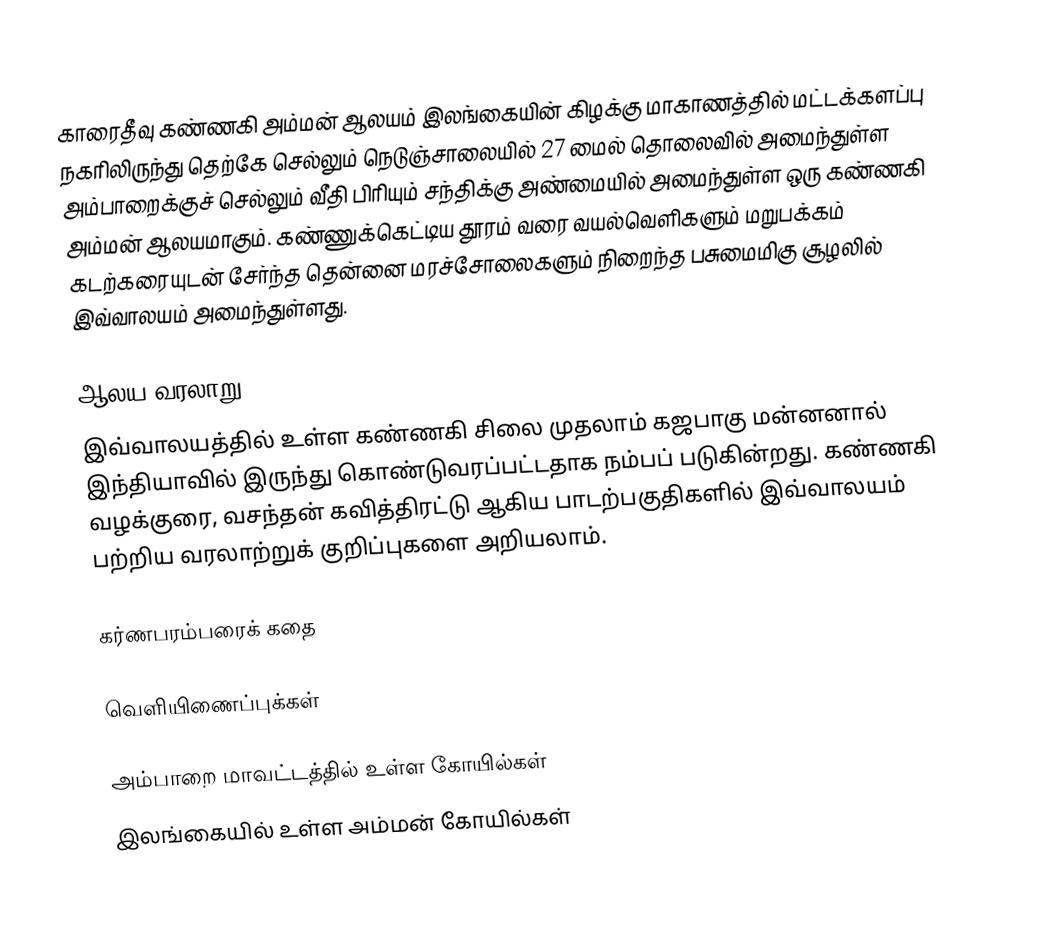
காரைதீவு கண்ணகி அம்மன் ஆலயம் இலங்கையின் கிழக்கு மாகாணத்தில் மட்டக்களப்பு நகரிலிருந்து தெற்கே செல்லும் நெடுஞ்சாலையில் 27 மைல் தொலைவில் அமைந்துள்ள அம்பாறைக்குச் செல்லும் வீதி பிரியும் சந்திக்கு அண்மையில் அமைந்துள்ள ஒரு கண்ணகி அம்மன் ஆலயமாகும். கண்ணுக்கெட்டிய தூரம் வரை வயல்வெளிகளும் மறுபக்கம் கடற்கரையுடன் சேர்ந்த தென்னை மரச்சோலைகளும் நிறைந்த பசுமைமிகு சூழலில் இவ்வாலயம் அமைந்துள்ளது.

ஆலய வரலாறு
இவ்வாலயத்தில் உள்ள கண்ணகி சிலை முதலாம் கஜபாகு மன்னனால் இந்தியாவில் இருந்து கொண்டுவரப்பட்டதாக நம்பப் படுகின்றது. கண்ணகி வழக்குரை, வசந்தன் கவித்திரட்டு ஆகிய பாடற்பகுதிகளில் இவ்வாலயம் பற்றிய வரலாற்றுக் குறிப்புகளை அறியலாம்.

கர்ணபரம்பரைக் கதை

வெளியிணைப்புக்கள்

அம்பாறை மாவட்டத்தில் உள்ள கோயில்கள்
இலங்கையில் உள்ள அம்மன் கோயில்கள்